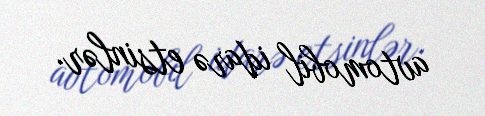
avtomobil idarə etsinlər.